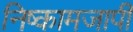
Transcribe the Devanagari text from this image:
निष्कामजापी